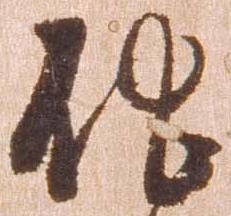
他